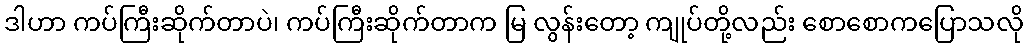
ဒါဟာ ကပ်ကြီးဆိုက်တာပဲ၊ ကပ်ကြီးဆိုက်တာက မြ လွန်းတော့ ကျုပ်တို့လည်း စောစောကပြောသလို